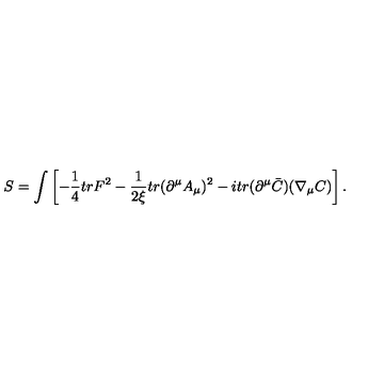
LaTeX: S = \int \left[ - \frac { 1 } { 4 } t r F ^ { 2 } - \frac { 1 } { 2 \xi } t r ( \partial ^ { \mu } A _ { \mu } ) ^ { 2 } - i t r ( \partial ^ { \mu } \bar { C } ) ( \nabla _ { \mu } C ) \right] .